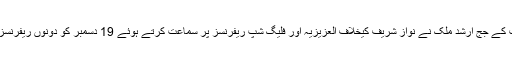
قبل از وقت احتساب عدالت کے جج ارشد ملک نے نواز شریف کیخلاف العزیزیہ اور فلیگ شپ ریفرنسز پر سماعت کرتے ہوئے 19 دسمبر کو دونوں ریفرنسز پر فیصلہ محفوظ کیا تھا۔